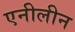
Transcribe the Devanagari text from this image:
एनीलीन